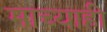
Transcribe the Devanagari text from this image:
माच्याही